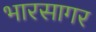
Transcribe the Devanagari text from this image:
भारसागर